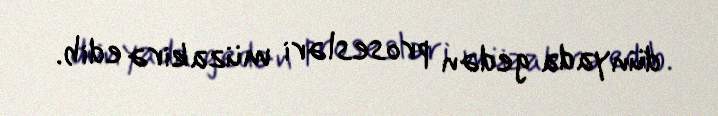
dünyada gedən prosesləri müzakirə edib.